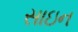
સાઇન